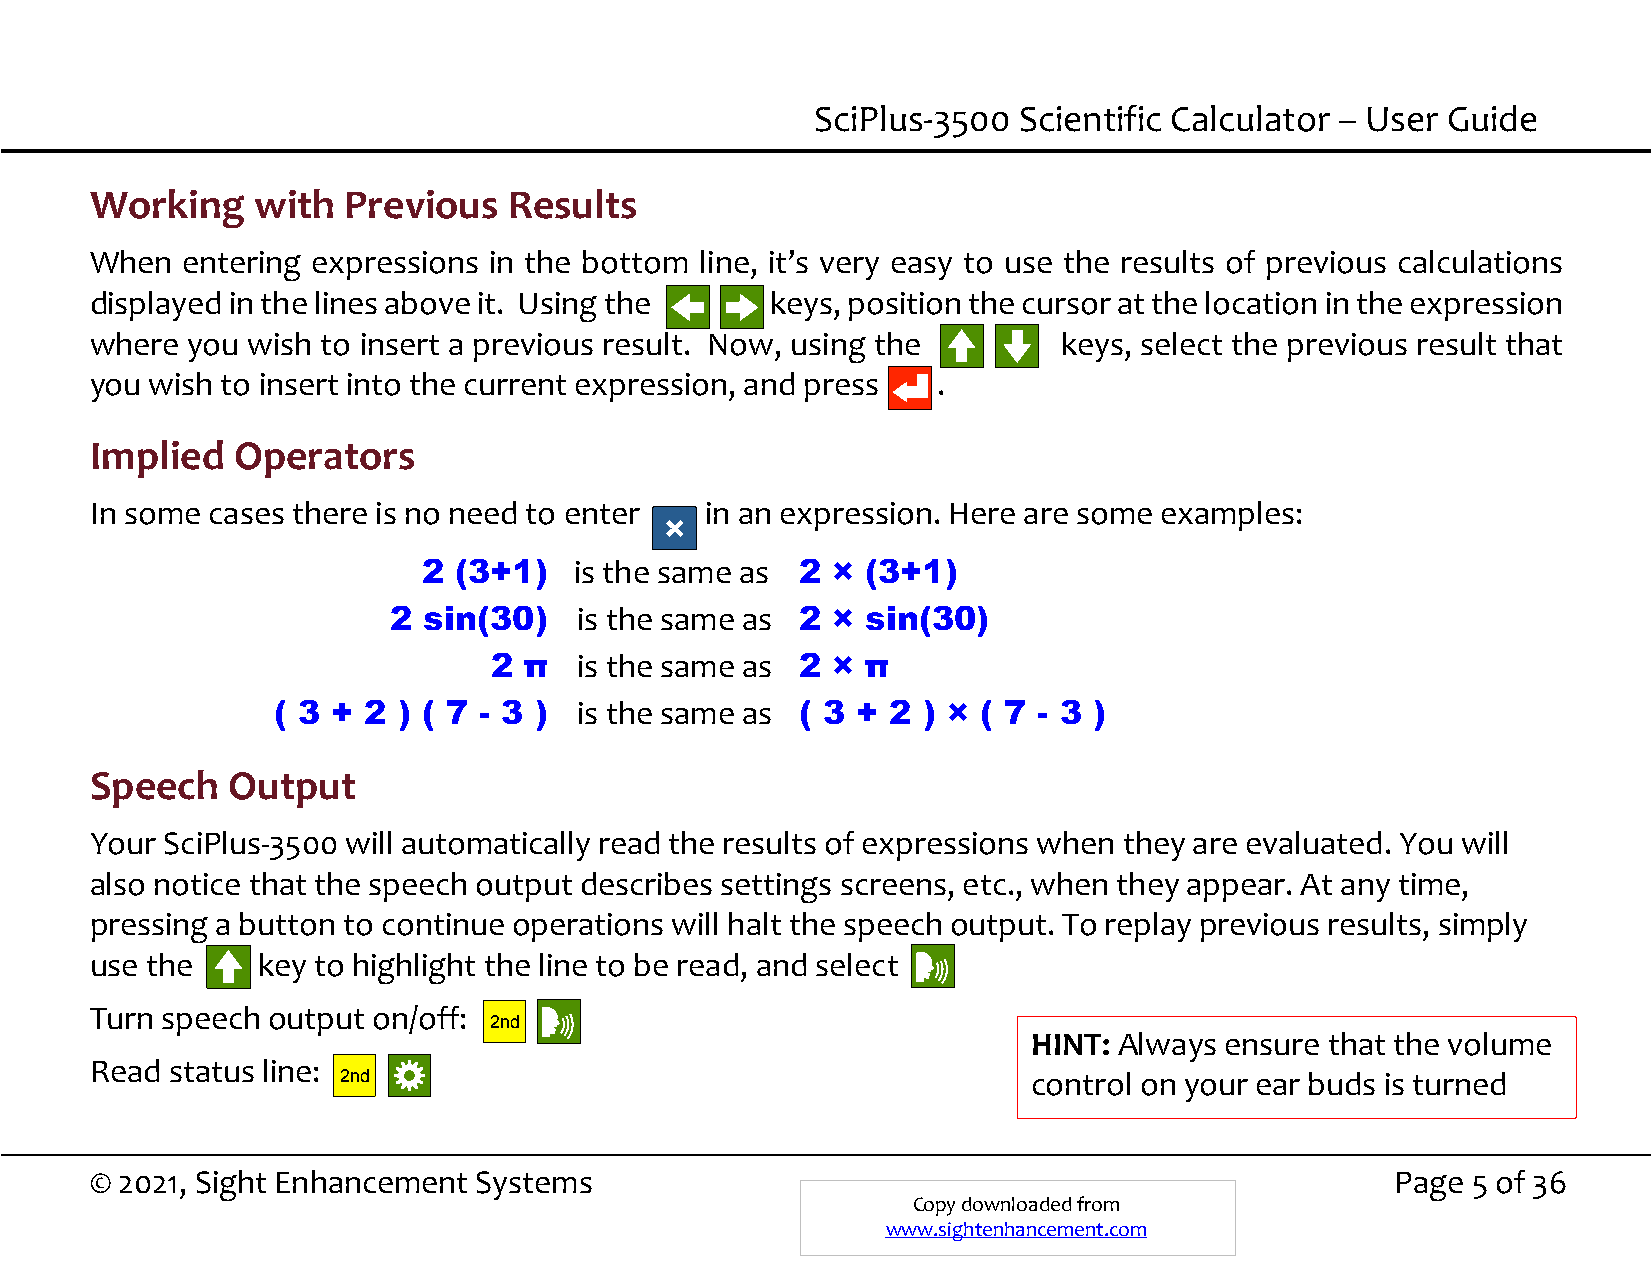
SciPlus-3500 Scientific Calculator – User Guide
 Working    with  Previous   Results
 When  entering expressions in the bottom line, it’s very easy to use the results of previous calculations
 displayed in the lines above it. Using the   keys, position the cursor at the location in the expression
 where you wish to insert a previous result. Now, using the      keys, select the previous result that
 you wish to insert into the current expression, and press .
 Implied  Operators
 In some cases there is no need to enter  in an expression. Here are some examples:
 ×
 2 (3+1)   is the same as 2 × (3+1)
 2 sin(30)   is the same as 2 × sin(30)
 2  π  is the same as 2 × π
 ( 3 + 2 ) ( 7 - 3 ) is the same as ( 3 + 2 ) × ( 7 - 3 )
 Speech   Output
 Your SciPlus-3500 will automatically read the results of expressions when they are evaluated. You will
 also notice that the speech output describes settings screens, etc., when they appear. At any time,
 pressing a button to continue operations will halt the speech output. To replay previous results, simply
 use the    key to highlight the line to be read, and select
 Turn speech output on/off:
 2nd
 HINT: Always ensure that the volume
 Read status line:
 2nd                                           control on your ear buds is turned
 up.
 © 2021, Sight Enhancement Systems                                                     Page 5 of 36
 Copy downloaded from
 www.sightenhancement.com